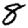
Digit: 8